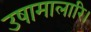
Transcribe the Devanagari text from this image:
उषामालारि।